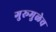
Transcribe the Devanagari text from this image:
गुरूमुळेच